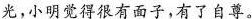
光，小明觉得很有面子，有了自尊。